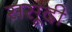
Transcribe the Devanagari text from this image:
ससूदी